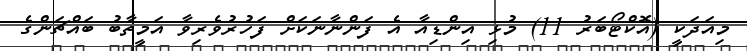
މިއަދަކީ (އޮކްޓޯބަރު 11) މުޅި އިންޑިއާ އެ ފަންނާނަކަށް ފަހުރުވެރިވާ އަމީތާބު ބައްޗަންގެ